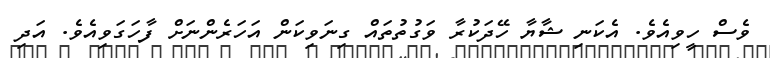
ވެސް ހީވިއެވެ. އެކަނި ޝާޔާ ހޭދަކުރާ ވަގުތުތައް ގިނަވިކަން އަހަރެންނަށް ފާހަގަވިއެވެ. އަދި